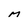
Character: M